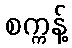
စက္ကန့်